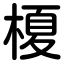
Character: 榎